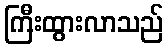
ကြီးထွားလာသည်